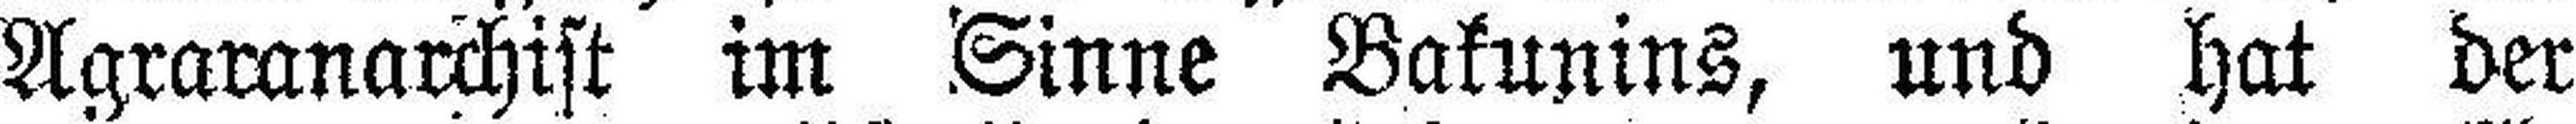
Agraranarchist im Sinne Bakunins, und hat der